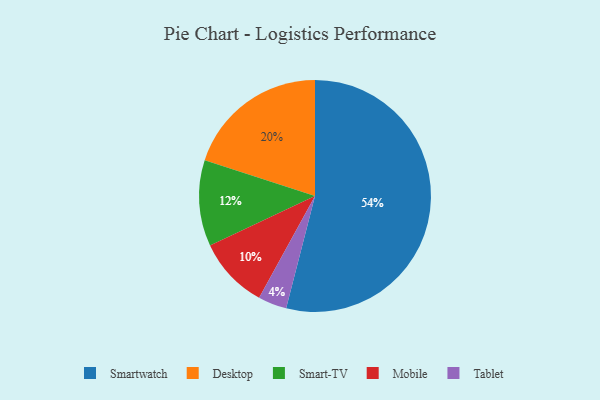
{"axis": {"x": "Category", "y": "Percentage"}, "legend": ["Desktop", "Mobile", "Smart-TV", "Smartwatch", "Tablet"], "data": [{"x": "Smartwatch", "y": 54, "type": "Smartwatch"}, {"x": "Smart-TV", "y": 12, "type": "Smart-TV"}, {"x": "Mobile", "y": 10, "type": "Mobile"}, {"x": "Tablet", "y": 4, "type": "Tablet"}, {"x": "Desktop", "y": 20, "type": "Desktop"}]}